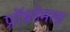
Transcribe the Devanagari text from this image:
प्रॉब्लेमला